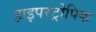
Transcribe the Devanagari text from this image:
हाइपरट्रोपिक